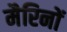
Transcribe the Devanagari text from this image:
मैरिनों